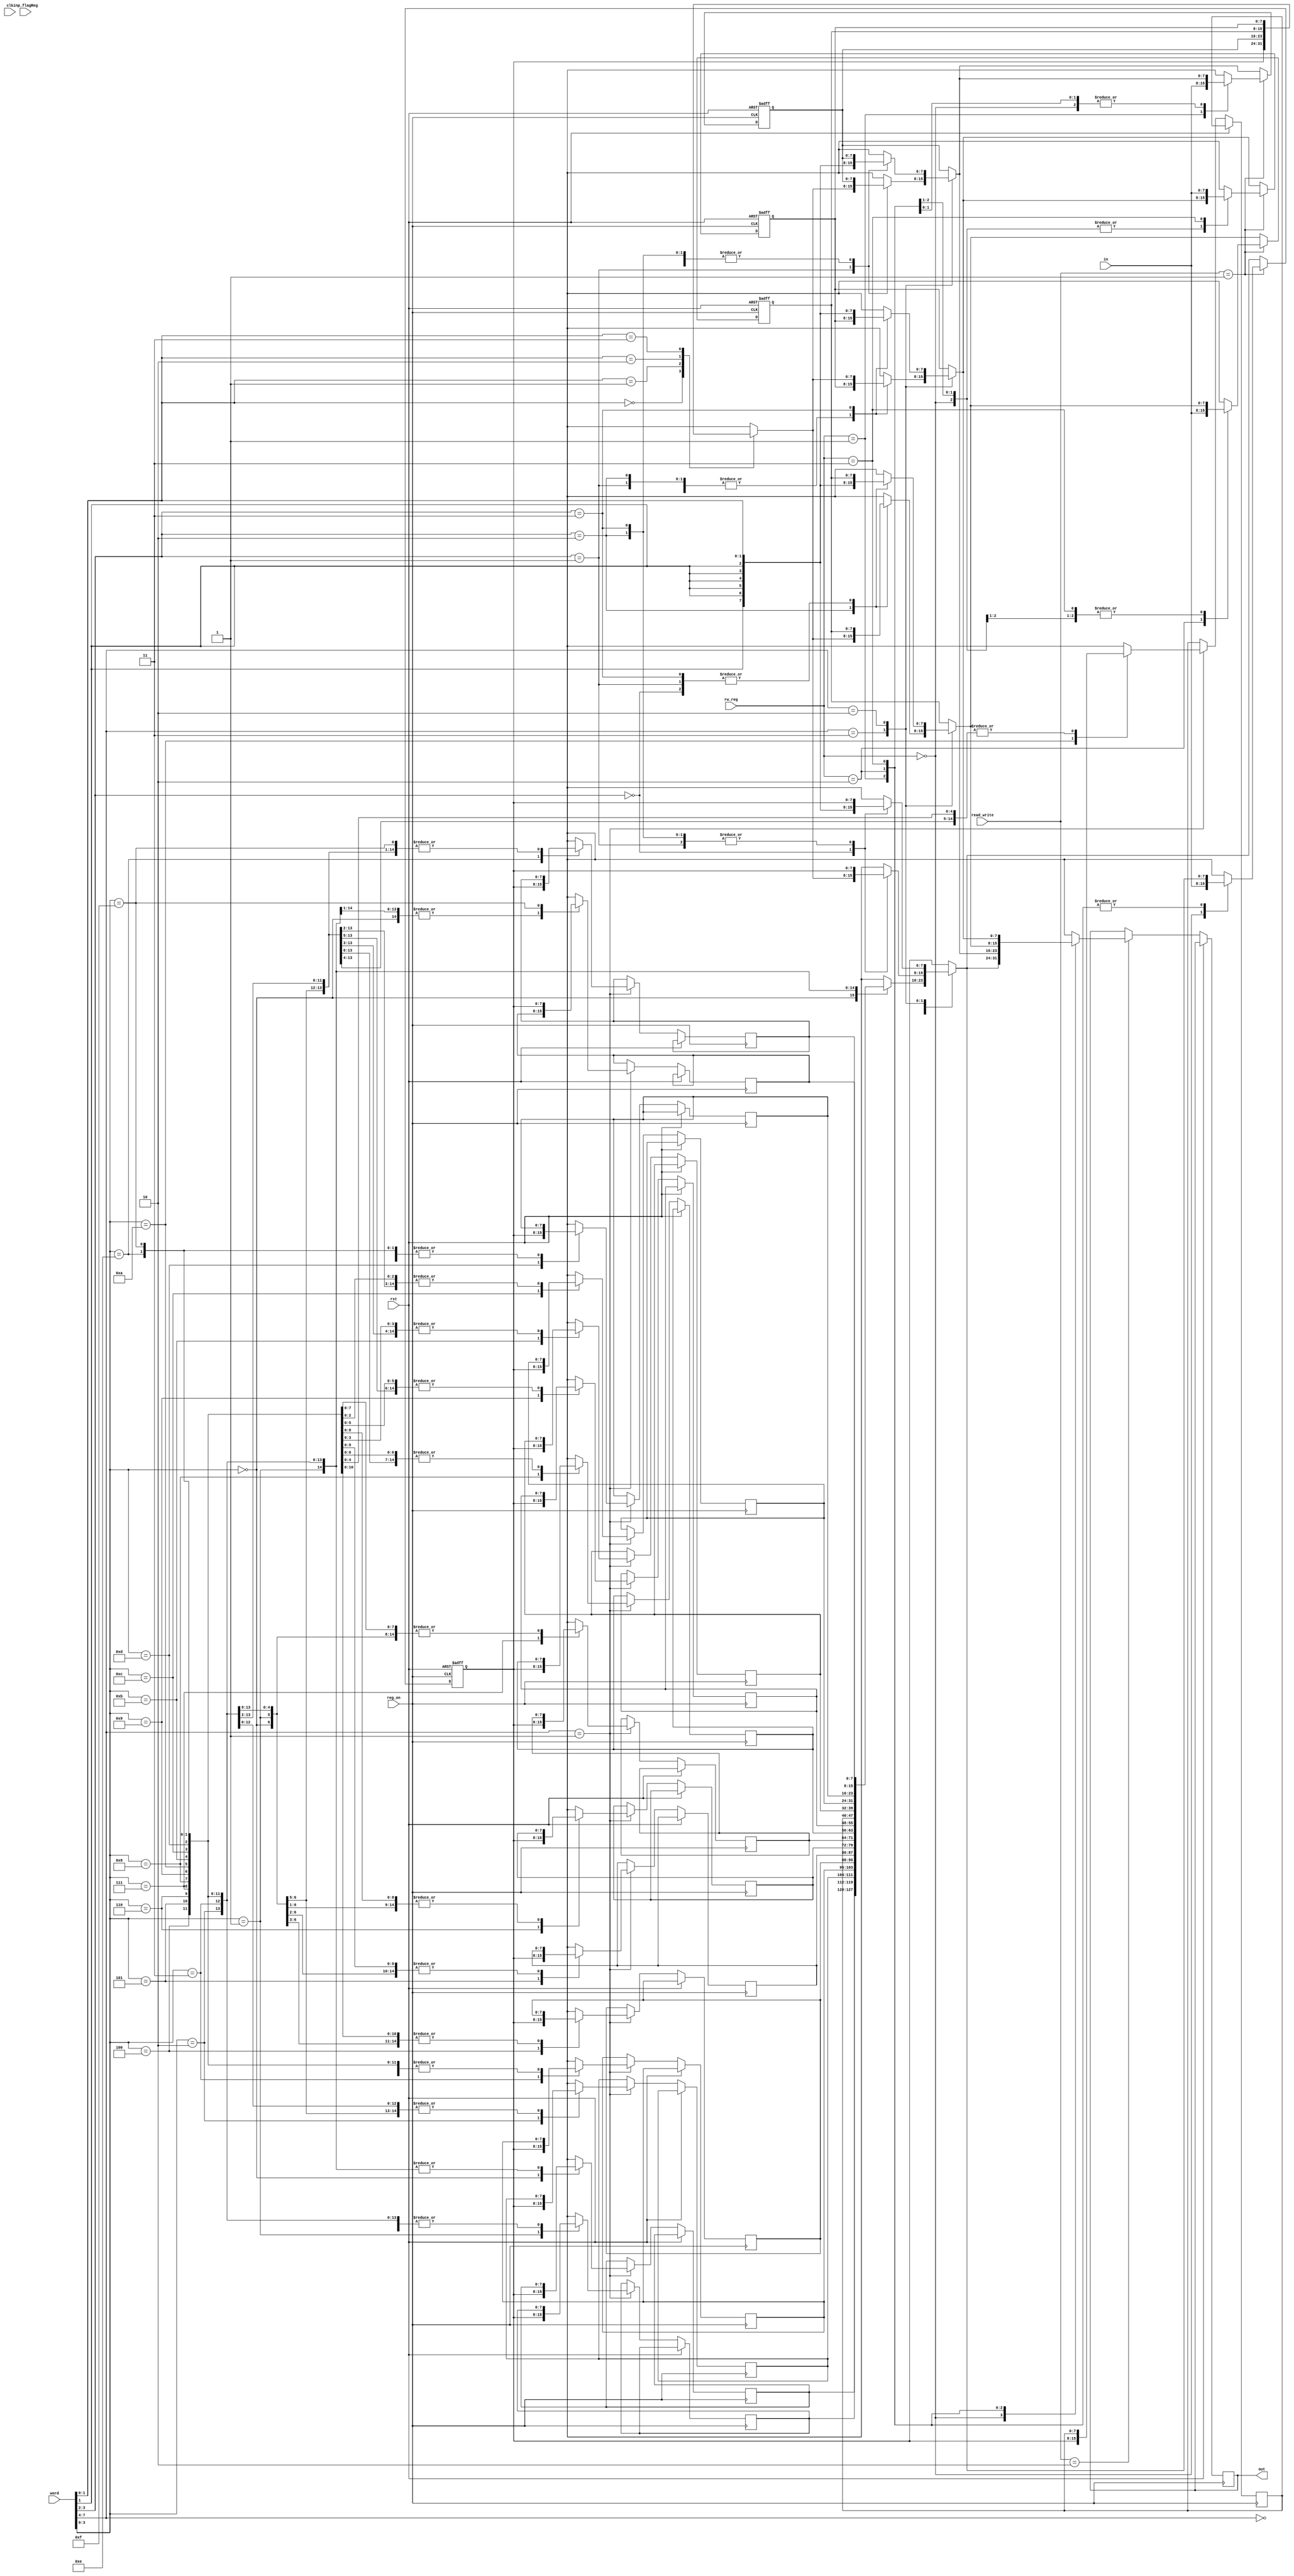
module registerFile
(
input clk,
input rst,
input[7:0] word,
input[7:0] in,
output reg[7:0] out,
input[1:0] read_write,
input[1:0] rw_reg,
input reg_on,
input [1:0] inp_flagReg
);
        reg[7:0]regs[3:0];//the 4 registers we have
        reg[7:0]externalmemory[15:0];
        wire[3:0] opcode = word[7:4]; //getting the opcode
        wire[1:0] rd = word[3:2];
        reg [1:0]flagReg; //CY<=flagReg[1] Z<=flagReg[0]
        always @(posedge reg_on,posedge rst)
        begin
            if(rst)
                begin
                    regs[3]<= 8'b0000_0000;
                    regs[2]<=8'b0000_0000;
                    regs[1]<=8'b0000_0000;
                    regs[0]<=8'b0000_0000;
                    flagReg <= 2'b00;
                end
            else
                begin
                    begin
                        
                        flagReg = inp_flagReg;
                        
                        $display("the value of flag register is %b",flagReg);

                        case(opcode)
                            4'b0000: //load from memory LD
                                begin
                                    regs[0]=externalmemory[word[3:0]];
                                    $display("value loaded from external memory %b is %b",word[3:0],regs[0]);
                                end
                            4'b0001://store into memory ST
                                begin
                                    externalmemory[word[3:0]]=regs[0];
                                    $display("value loaded into external memory %b is %b",word[3:0],externalmemory[word[3:0]]);
                                end
                            4'b0011: //MR INSTRUCTION
                                begin
                                    
                                    regs[rd] = regs[word[1:0]];
                                    $display("the value of register %b is %b",rd,regs[rd]);
                                end
                            4'b0010: //MI INSTRUCTION
                                begin
                                    //6bit sign extension of given value
                                    regs[rd] = {{6{word[1]}},{word[1:0]}} ;
                                    $display("the value of register %b is %b",rd,regs[rd]);
                                end
                                
                        endcase

                        case(read_write)
                            2'b10:
                                begin 
                                    $display("reading register %b",rw_reg);
                                    out = regs[rw_reg];
                                    
                                end
                            2'b01:
                                begin
                                    regs[rw_reg]= in;
                                    $display("the value of register %b is %b",rw_reg,regs[rw_reg]);
                                end
                        endcase
                    end
                end 
        end
endmodule